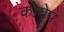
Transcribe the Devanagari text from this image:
कोयेप